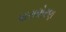
ધારાધોરણ